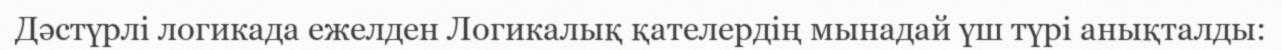
Дәстүрлі логикада ежелден Логикалық қателердің мынадай үш түрі анықталды: